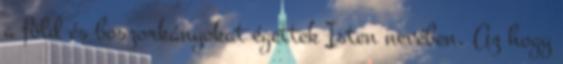
a föld és boszorkányokat égettek Isten nevében. Az hogy